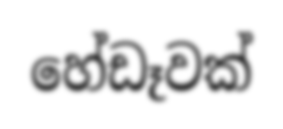
හේඩෑවක්